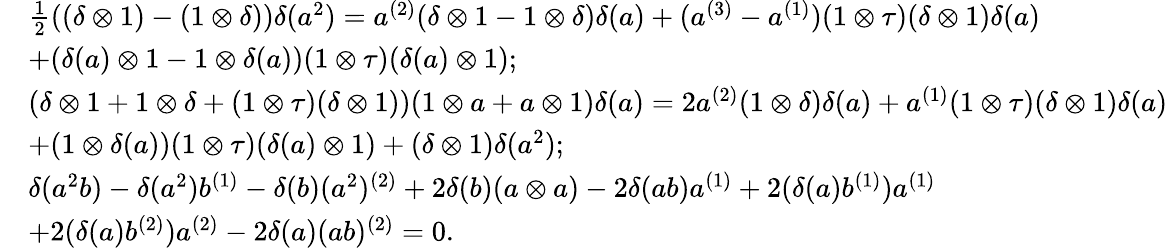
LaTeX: \begin{array}{rl}&{\frac{1}{2}((\delta\otimes 1)-(1\otimes\delta))\delta(a^{2})=a^{(2)}(\delta\otimes 1-1\otimes\delta)\delta(a)+(a^{(3)}-a^{(1)})(1\otimes\tau)(\delta\otimes 1)\delta(a)}\\ &{+(\delta(a)\otimes 1-1\otimes\delta(a))(1\otimes\tau)(\delta(a)\otimes 1);}\\ &{(\delta\otimes 1+1\otimes\delta+(1\otimes\tau)(\delta\otimes 1))(1\otimes a+a\otimes 1)\delta(a)=2a^{(2)}(1\otimes\delta)\delta(a)+a^{(1)}(1\otimes\tau)(\delta\otimes 1)\delta(a)}\\ &{+(1\otimes\delta(a))(1\otimes\tau)(\delta(a)\otimes 1)+(\delta\otimes 1)\delta(a^{2});}\\ &{\delta(a^{2}b)-\delta(a^{2})b^{(1)}-\delta(b)(a^{2})^{(2)}+2\delta(b)(a\otimes a)-2\delta(ab)a^{(1)}+2(\delta(a)b^{(1)})a^{(1)}}\\ &{+2(\delta(a)b^{(2)})a^{(2)}-2\delta(a)(ab)^{(2)}=0.}\end{array}